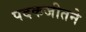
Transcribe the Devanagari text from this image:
पदकजीतने